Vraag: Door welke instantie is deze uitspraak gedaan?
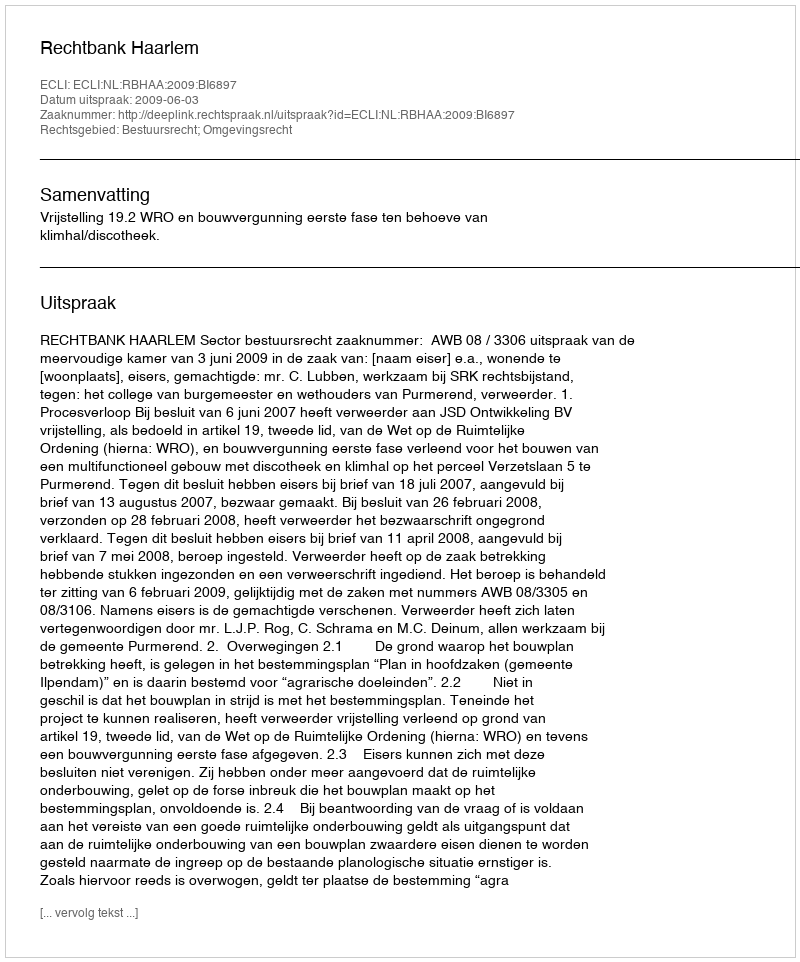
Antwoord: Rechtbank Haarlem